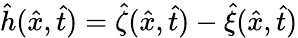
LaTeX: \hat{h}(\hat{x},\hat{t})=\hat{\zeta}(\hat{x},\hat{t})-\hat{\xi}(\hat{x},\hat{t})